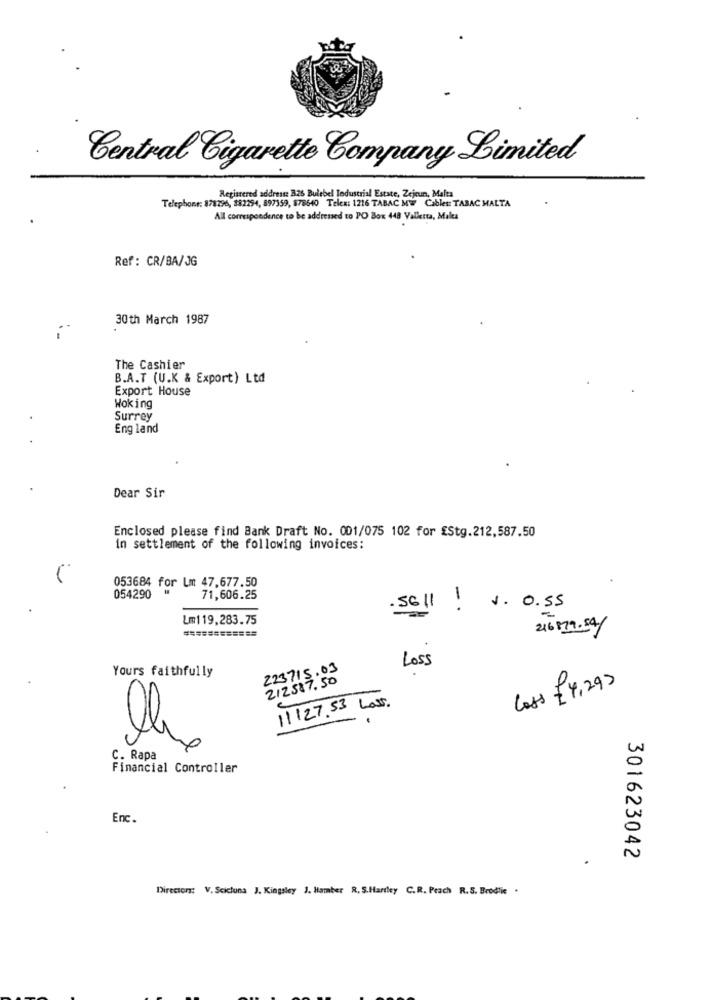
Central Cigarette Company Limited
Registered address: 826 Bulebel Industrial Estate, Zejeun, Malta
Telephone: 878296, 382294, 897359, 878640 Telex: 1216 TABAC Mw Cables: TABAC MALTA
All correspondence to be addressed to PO Box 448 Valletta, Malea
Ref: CR/BA/JG
30th March 1987
The Cashier
B.A.T (U.K & Export) Ltd
Export House
Woking
Surrey
England
Dear Sir
Enclosed please find Bank Draft No. 001/075 102 for £Stg.212,587.50
in settlement of the following invoices:
053684 for Lm 47,677.50
054290
71,606.25
.5611
:
1. 0.55
Lm119,283.75
============
216879.54/
Loss
Yours faithfully
223715 . 03
212587.50
Loss £ 4,293
11127.53 Loss.
C. Rapa
Financial Controller
Enc.
301623042
Director: V. Scicluna J. Kingsley J. Hamber R. S.Hartley C.R. Peach R.S. Brodlie .